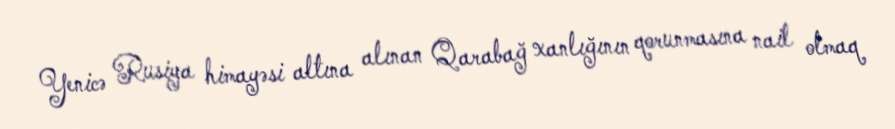
Yenicə Rusiya himayəsi altına alınan Qarabağ xanlığının qorunmasına nail olmaq